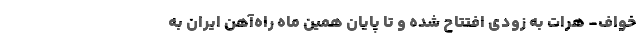
خواف- هرات به زودی افتتاح شده و تا پایان همین ماه راه‌آهن ایران به